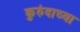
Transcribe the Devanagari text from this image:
कुरुंदाच्या